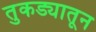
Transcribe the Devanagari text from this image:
तुकड्यातून